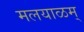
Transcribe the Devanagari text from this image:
मलयाळम्